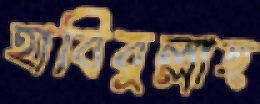
হাবিবুল্লাহ্